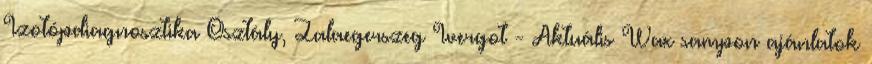
Izotópdiagnosztika Osztály, Zalaegerszeg Ivergot - Aktuális Wax sampon ajánlatok